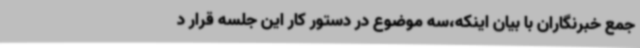
جمع خبرنگاران با بیان اینکه،سه موضوع در دستور کار این جلسه قرار د